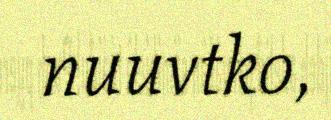
nuuvtko,